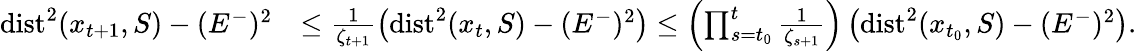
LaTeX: \begin{array}{rl}{\operatorname{dist}^{2}(x_{t+1},S)-(E^{-})^{2}}&{\leq\frac{1}{\zeta_{t+1}}\left(\operatorname{dist}^{2}(x_{t},S)-(E^{-})^{2}\right)\leq\left(\prod_{s=t_{0}}^{t}\frac{1}{\zeta_{s+1}}\right)\left(\operatorname{dist}^{2}(x_{t_{0}},S)-(E^{-})^{2}\right).}\end{array}